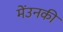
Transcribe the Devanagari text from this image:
मेंउनकी